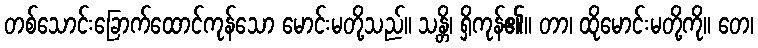
တစ်သောင်းခြောက်ထောင်ကုန်သော မောင်းမတို့သည်။ သန္တိ၊ ရှိကုန်၏။ တာ၊ ထိုမောင်းမတို့ကို။ တေ၊